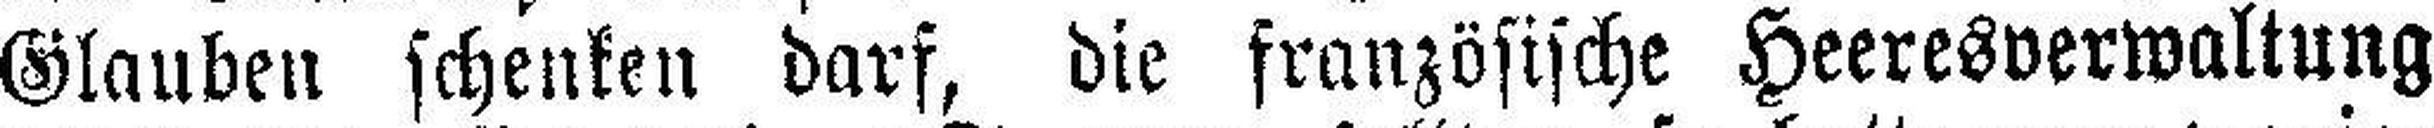
Glauben schenken darf, die französische Heeresverwaltung